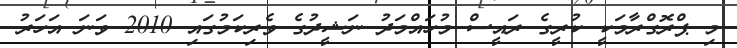
މި ޕްރޮގްރާމަކީ ކުރީގެ ރައީސް މުހައްމަދު ނަޝީދުގެ ވެރިކަމުގައި 2010 ވަނަ އަހަރު